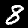
Label: 8